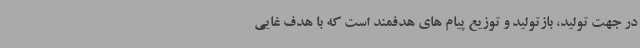
در جهت تولید، بازتولید و توزیع پیام های هدفمند است که با هدف غایی